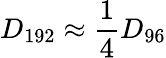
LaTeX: D_{192}\approx{\frac{1}{4}}D_{96}